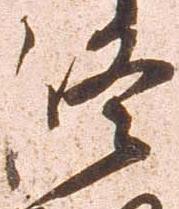
修